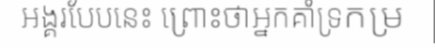
អង្គរបែបនេះ ព្រោះថាអ្នកគាំទ្រកម្រ